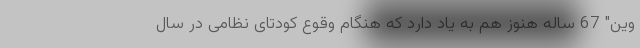
وین" 67 ساله هنوز هم به یاد دارد که هنگام وقوع کودتای نظامی در سال